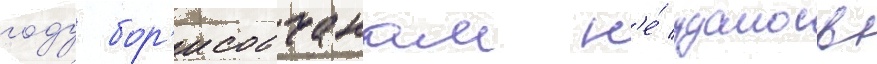
году бор'исовчанам н'е́ удалось